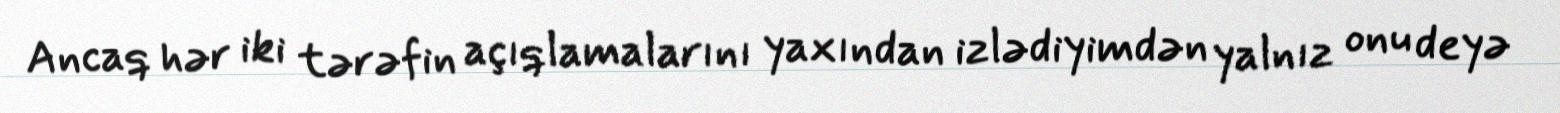
Ancaq hər iki tərəfin açıqlamalarını yaxından izlədiyimdən yalnız onu deyə